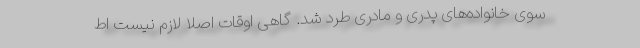
سوی خانواده‌های پدری و مادری طرد شد. گاهی اوقات اصلا لازم نیست اط